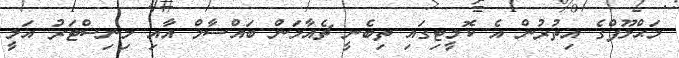
މަޙްލޫފްގެ އިތުރުން އެ ކޮމީޓިގައި ތިބެނީ ޗެއާމަން ބައްސާމް އާއި މިނިސްޓަރު އަލީ